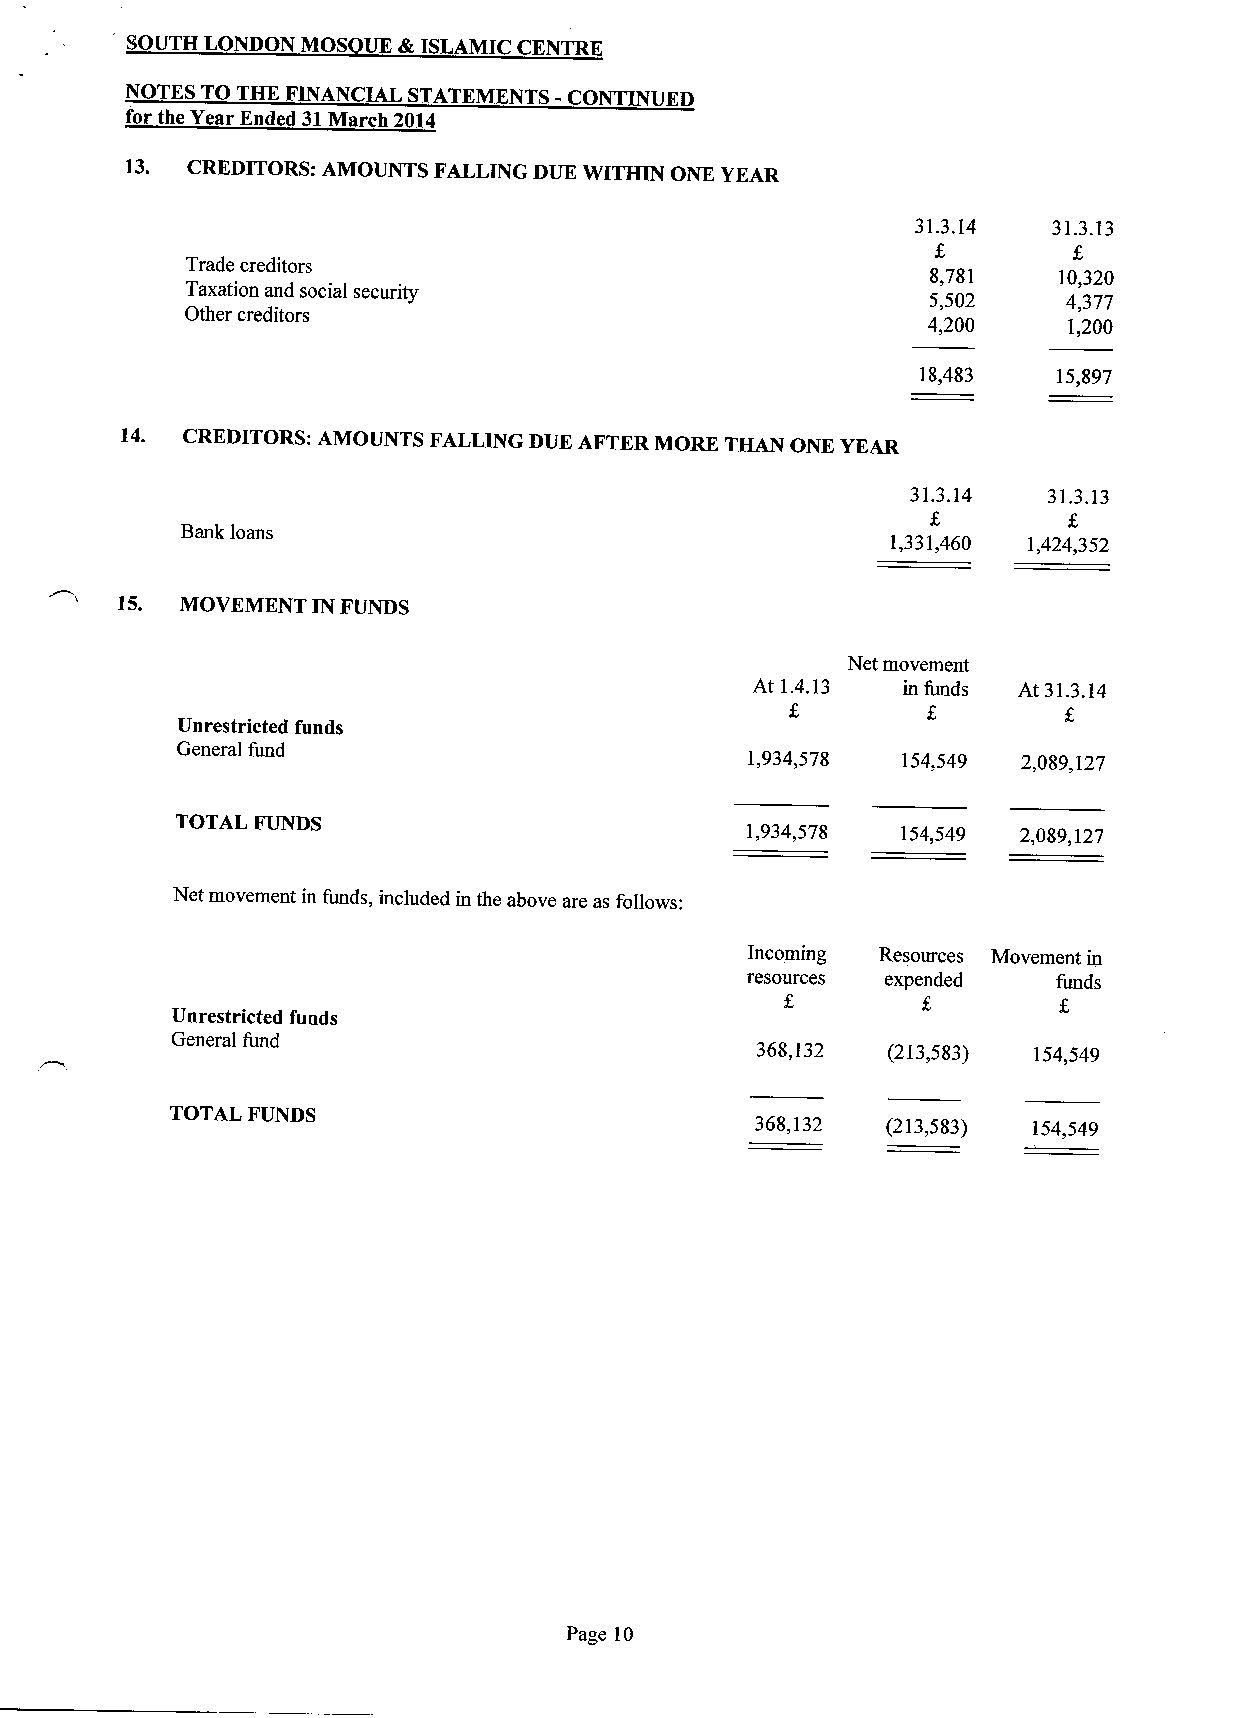
SOUTH LONDON MOS UK &ISLAMIC CENTRE
 NOTES TO THE FINANCIAL STATEMENTS - CONTINUED
 for the Year Ended 31March 2014
 13. CREDITORS: AMOUNTS FALLING DUE WITHIN ONK YEAR
 31.3.14  31.3.13
 Trade creditors
 8,781   10,320
 Taxation and social security
 5,502    4,377
 Other creditors
 4,200     1,200
 18,483   15,897
 14. CREDITORS: AMOUNTS FALLING DUE AFTER MORE THAN ONE YEAR
 31.3.14  31.3.13
 Bank loans
 1,331,460 1,424,352
 15  MOVEMENT IN FUNDS
 Net movement
 At 1.4.13 in funds At 31.3.14
 Unrestricted funds
 General fund                         1,934,578  154,549 2,089,127
 TOTAL FUNDS
 1,934,578  154,549 2,089,127
 Net movement in funds, included in the above are as follows:
 Incoming Resources Movement in
 resources expended   funds
 Unrestricted funds
 General fund
 368,132  (213,583) 154,549
 TOTAL FUNDS
 368,132  (213,583) 154,549
 Page 10